Report of the Indian Hemp Drugs Commission, 1894-1895 - Volume III
Year: 1894
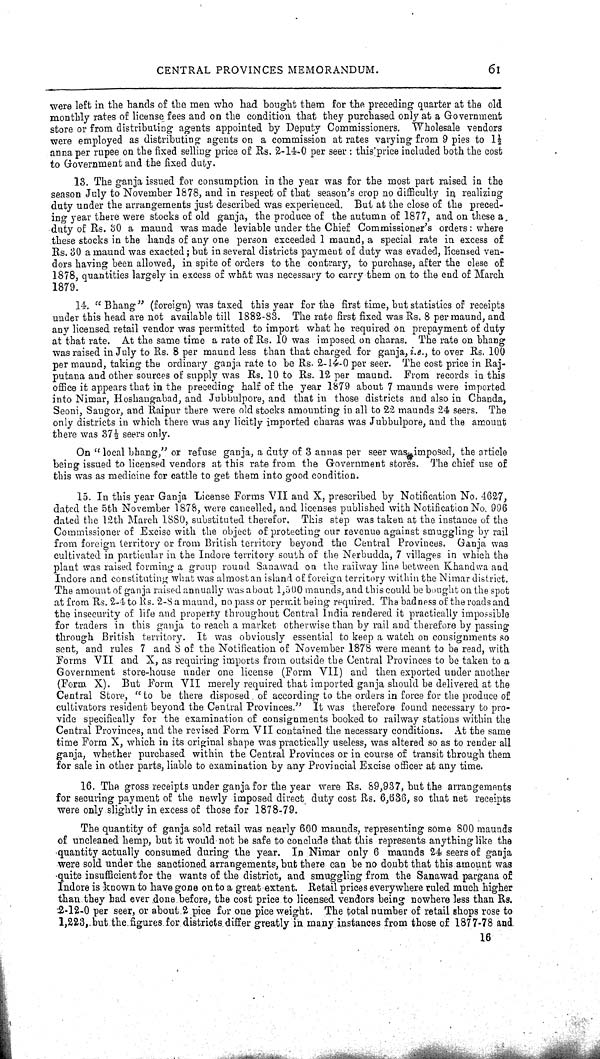
CENTRAL PROVINCES MEMORANDUM.
61
were left in the hands of the men who had bought them for the preceding quarter at the old
monthly rates of license fees and on the condition that they purchased only at a Government
store or from distributing agents appointed by Deputy Commissioners. Wholesale vendors
were employed as distributing agents on a commission at rates varying from 9 pies to 1½
anna per rupee on the fixed selling price of Rs. 2-14-0 per seer: this price included both the cost
to Government and the fixed duty.
13. The ganja issued for consumption in the year was for the most part raised in the
season July to November 1878, and in respect of that season's crop no difficulty in realizing
duty under the arrangements just described was experienced. But at the close of the preced-
ing year there were stocks of old ganja, the produce of the autumn of 1877, and on these a
duty of Rs. 30 a maund was made leviable under the Chief Commissioner's orders: where
these stocks in the hands of any one person exceeded 1 maund, a special rate in excess of
Rs. 30 a maund was exacted; but in several districts payment of duty was evaded, licensed ven-
dors having been allowed, in spite of orders to the contrary, to purchase, after the clese of
1878, quantities largely in excess of what was necessary to carry them on to the end of March
1879.
14. " Bhang" (foreign) was taxed this year for the first time, but statistics of receipts
under this head are not available till 1882-83. The rate first fixed was Rs. 8 per maund, and
any licensed retail vendor was permitted to import what he required on prepayment of duty
at that rate. At the same time a rate of Rs. 10 was imposed on charas. The rate on bhang
was raised in July to Rs. 8 per maund less than that charged for ganja, i.e., to over Rs. 100
per maund, taking the ordinary ganja rate to be Rs. 2-14-0 per seer. The cost price in Raj-
putana and other sources of supply was Rs. 10 to Rs. 12 per maund. From records in this
office it appears that in the preceding half of the year 1879 about 7 maunds were imported
into Nimar, Hoshangabad, and Jubbulpore, and that in those districts and also in Chanda,
Seoni, Saugor, and Raipur there were old stocks amounting in all to 22 maunds 24 seers. The
only districts in which there was any licitly imported charas was Jubbulpore, and the amount
there was 37½ seers only.
On "local bhang," or refuse ganja, a duty of 3 annas per seer was, imposed, the article
being issued to licensed vendors at this rate from the Government stores. The chief use of
this was as medicine for cattle to get them into good condition.
15. In this year Ganja License Forms VII and X, prescribed by Notification No. 4627,
dated the 5th November 1878, were cancelled, and licenses published with Notification No. 996
dated the 12th March 1880, substituted therefor. This step was taken at the instance of the
Commissioner of Excise with the object of protecting our revenue against smuggling by rail
from foreign territory or from British territory beyond the Central Provinces. Ganja was
cultivated in particular in the Indore territory south of the Nerbudda, 7 villages in which the
plant was raised forming a group round Sanawad on the railway line between Khandwa and
Indore and constituting what was almost an island of foreign territory within the Nimar district.
The amount of ganja raised annually was about 1,500 maunds, and this could be bought on the spot
at from Rs. 2-4 to Rs. 2-8 a maund, no pass or permit being required. The badness of the roads and
the insecurity of life and property throughout Central India rendered it practically impossible
for traders in this ganja to reach a market otherwise than by rail and therefore by passing
through British territory. It was obviously essential to keep a watch on consignments so
sent, and rules 7 and 8 of the Notification of November 1878 were meant to be read, with
Forms VII and X, as requiring imports from outside the Central Provinces to be taken to a
Government store-house under one license (Form VII) and then exported under another
(Form X). But Form VII merely required that imported ganja should be delivered at the
Central Store, "to be there disposed. of according to the orders in force for the produce of
cultivators resident beyond the Central Provinces." It was therefore found necessary to pro-
vide specifically for the examination of consignments booked to railway stations within the
Central Provinces, and the revised Form VII contained the necessary conditions. At the same
time Form X, which in its original shape was practically useless, was altered so as to render all
ganja, whether purchased within the Central Provinces or in course of transit through them
for sale in other parts, liable to examination by any Provincial Excise officer at any time.
16. The gross receipts under ganja for the year were Rs. 89,937, but the arrangements
for securing payment of the newly imposed direct duty cost Rs. 6,636, so that net receipts
were only slightly in excess of those for 1878-79.
The quantity of ganja sold retail was nearly 600 maunds, representing some 800 maunds
of uncleaned hemp, but it would not be safe to conclude that this represents anything like the
quantity actually consumed during the year. In Nimar only 6 maunds 24 seers of ganja
were sold under the sanctioned arrangements, but there can be no doubt that this amount was
quite insufficient for the wants of the district, and smuggling from the Sanawad pargana of
Indore is known to have gone on to a great extent. Retail prices everywhere ruled much higher
than they had ever done before, the cost price to licensed vendors being nowhere less than Rs.
2-12-0 per seer, or about 2 pice for one pice weight. The total number of retail shops rose to
1,223, but the figures for districts differ greatly in many instances from those of 1877-78 and
16